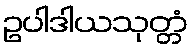
ဥပါဒါယသုတ္တံ